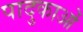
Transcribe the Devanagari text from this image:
पादुकाओं